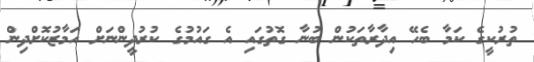
ތުރުކީގެ ކަމާ ބެހޭ އިދާރާތަކުން ބުނާ ގޮތުގައި އެ ގައުމުގެ ކުރުދީންނަށް އަމާޒުކޮށްދިން